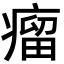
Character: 瘤